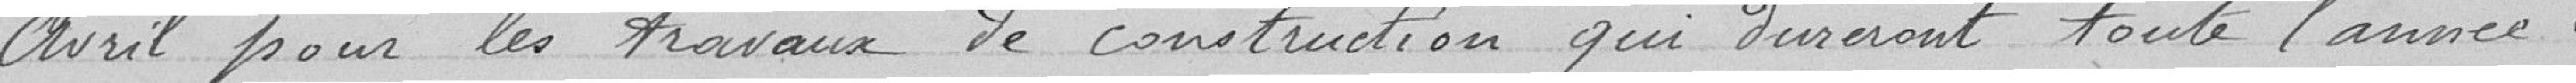
Avril pour les travaux de construction qui dureront toute l'année.